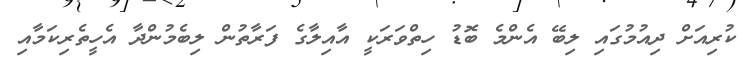
ކުރިއަށް ދިއުމުގައި ލިބޭ އެންމެ ބޮޑު ހިތްވަރަކީ އާއިލާގެ ފަރާތުން ލިބެމުންދާ އެހީތެރިކަމާއި